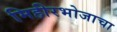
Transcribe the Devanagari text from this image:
मिहीरभोजाचा